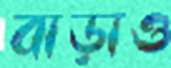
বাড়াও